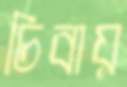
চিবায়